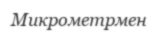
Микрометрмен